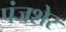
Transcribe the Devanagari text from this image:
पंजशेर